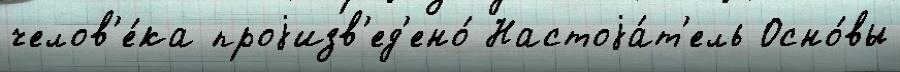
челов'е́ка проjизв'ед'ено́ Настоjа́т'ель Осно́вы